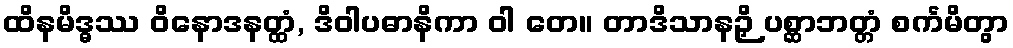
ထိနမိဒ္ဓဿ ဝိနောဒနတ္ထံ, ဒိဝါပဓာနိကာ ဝါ တေ။ တာဒိသာနဉှိ ပစ္ဆာဘတ္တံ စင်္ကမိတွာ